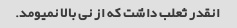
انقدر ثعلب داشت که از نی بالا نمیومد.